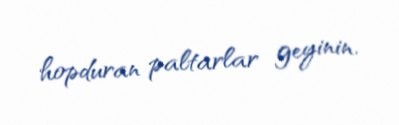
hopduran paltarlar geyinin.